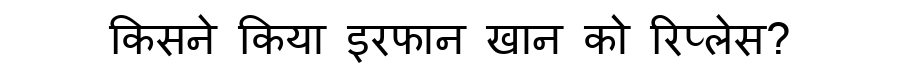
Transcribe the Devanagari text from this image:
किसने किया इरफान खान को रिप्लेस?